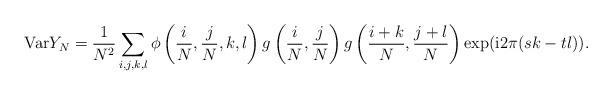
LaTeX: \begin{align*}\mathrm{Var}Y_N = \frac{1}{N^2} \sum_{i,j,k,l} \phi\left( \frac{i}{N},\frac{j}{N},k,l\right) g\left(\frac{i}{N},\frac{j}{N}\right)g\left(\frac{i+k}{N},\frac{j+l}{N}\right) \exp(\mathrm{i}2\pi(sk-tl)).\end{align*}